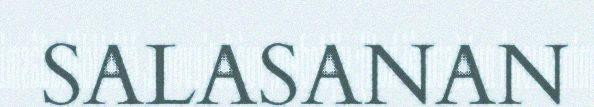
SALASANAN